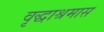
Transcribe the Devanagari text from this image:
वृद्धाश्रमास